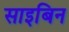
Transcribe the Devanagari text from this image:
साइबिन